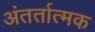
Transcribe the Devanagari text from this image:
अंतर्तात्मक